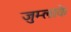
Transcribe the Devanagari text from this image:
जुम्लाके